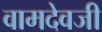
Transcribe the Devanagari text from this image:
वामदेवजी